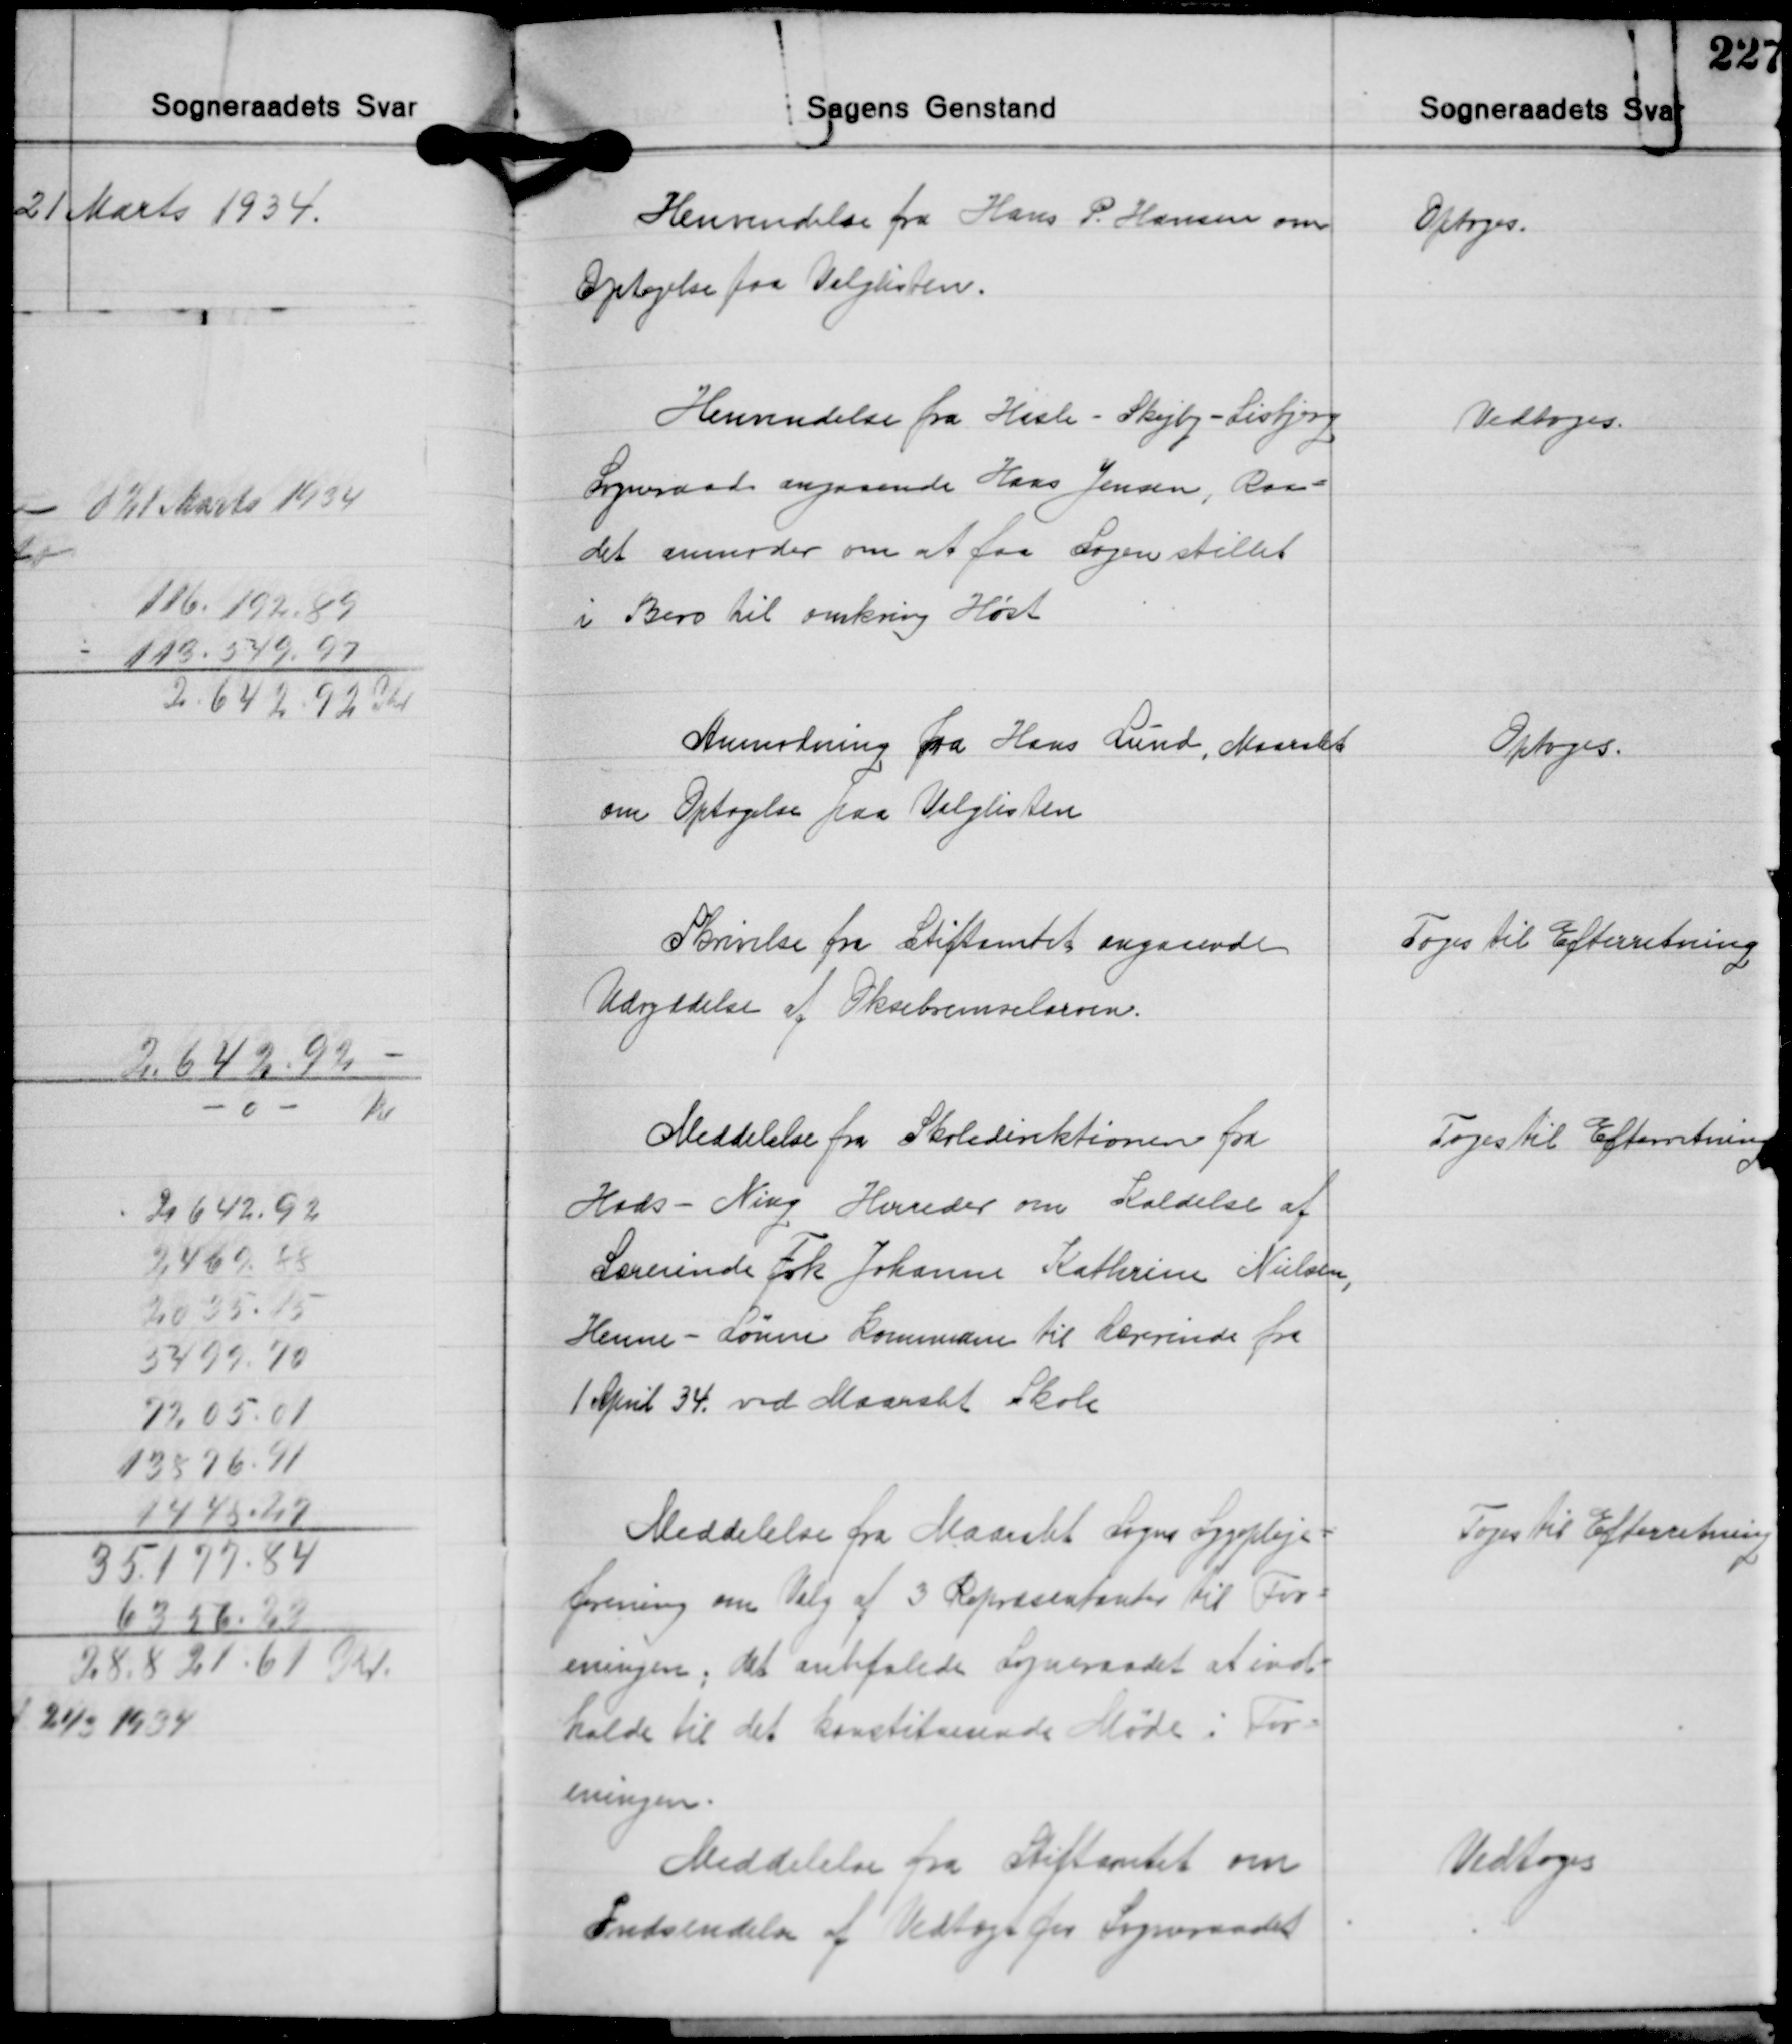
Transskription:
Henvendelse fra Hans P. Hansen om
Optagelse paa Valglisten.

Optoges.

Henvendelse fra Hasle - Skejby - Lisbjerg
Sogneraad angaaende Hans Jensen, Raa-
det anmoder om at faa sagen stillet
i Bero til omkring Høst

Vedtoges.

Anmodning fra Hans Lund, Maarslet
om Optagelse paa Valglisten

Optoges.

Skrivelse fra Stiftamtet angaaende
Udryddelse af Oksebremselarven.

Toges til Efterretning

Meddelelse fra Skoledirektionen fra
Hads - Ning Herreder om Kaldelse af
Lærerinde Frk. Johanne Kathrine Nielsen,
Henne - Lønne Kommune til lærerinde fra
1 April 34. ved Maarslet Skole

Toges til Efterretning

Meddelelse fra Maarslet Sogns Sygepleje-
forening om Valg af 3 Repræsentanter til For-
eningen; det anbefalede Sogneraadet at ind-
kalde til det konstituerende Møde i For-
eningen.

Toges til Efterretning

Meddelelse fra Stiftamtet om
Indsendelse af Vedtægt for Sogneraadet

Vedtoges